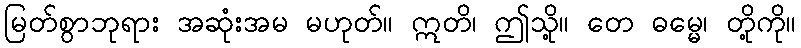
မြတ်စွာဘုရား အဆုံးအမ မဟုတ်။ ဣတိ၊ ဤသို့။ တေ ဓမ္မေ၊ တို့ကို။